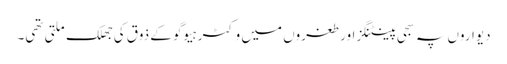
دیواروں پہ سجی پینٹنگز اور طغروں میں وکٹر ہیوگو کے ذوق کی جھلک ملتی تھی۔